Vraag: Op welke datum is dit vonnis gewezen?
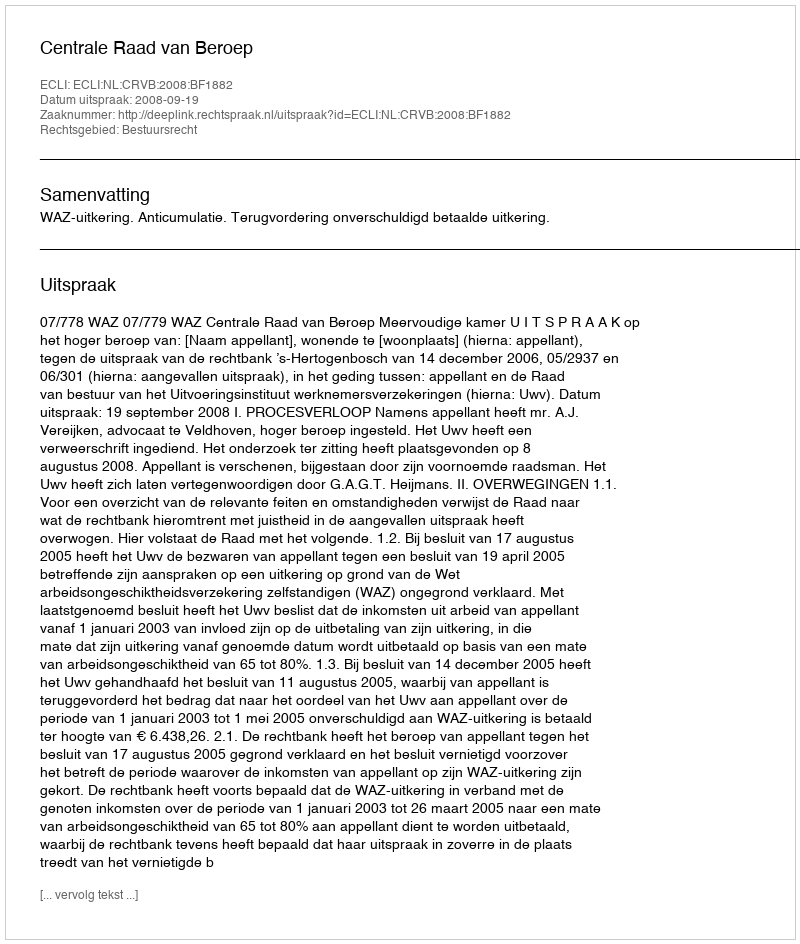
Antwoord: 2008-09-19